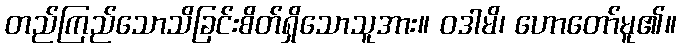
တည်ကြည်သောသိခြင်းစိတ်ရှိသောသူအား။ ဝဒါမိ၊ ဟောတော်မူ၏။